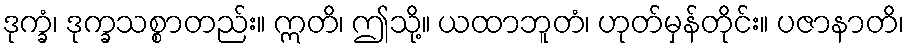
ဒုက္ခံ၊ ဒုက္ခသစ္စာတည်း။ ဣတိ၊ ဤသို့။ ယထာဘူတံ၊ ဟုတ်မှန်တိုင်း။ ပဇာနာတိ၊